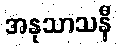
အနုသာသနီ